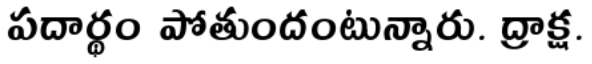
పదార్థం పోతుందంటున్నారు. ద్రాక్ష.